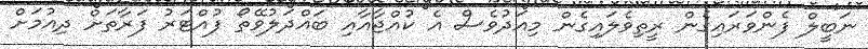
ނަބީލް ފެންވަރައިގެން ރީތިވެލައިގެން މިއަދުވެސް އެ ކުއްޖާއާއި ބައްދަލުވޭތޯ ފުއްޓަރު ފަރާތަށް ދިއުމަށް